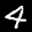
Label: 4